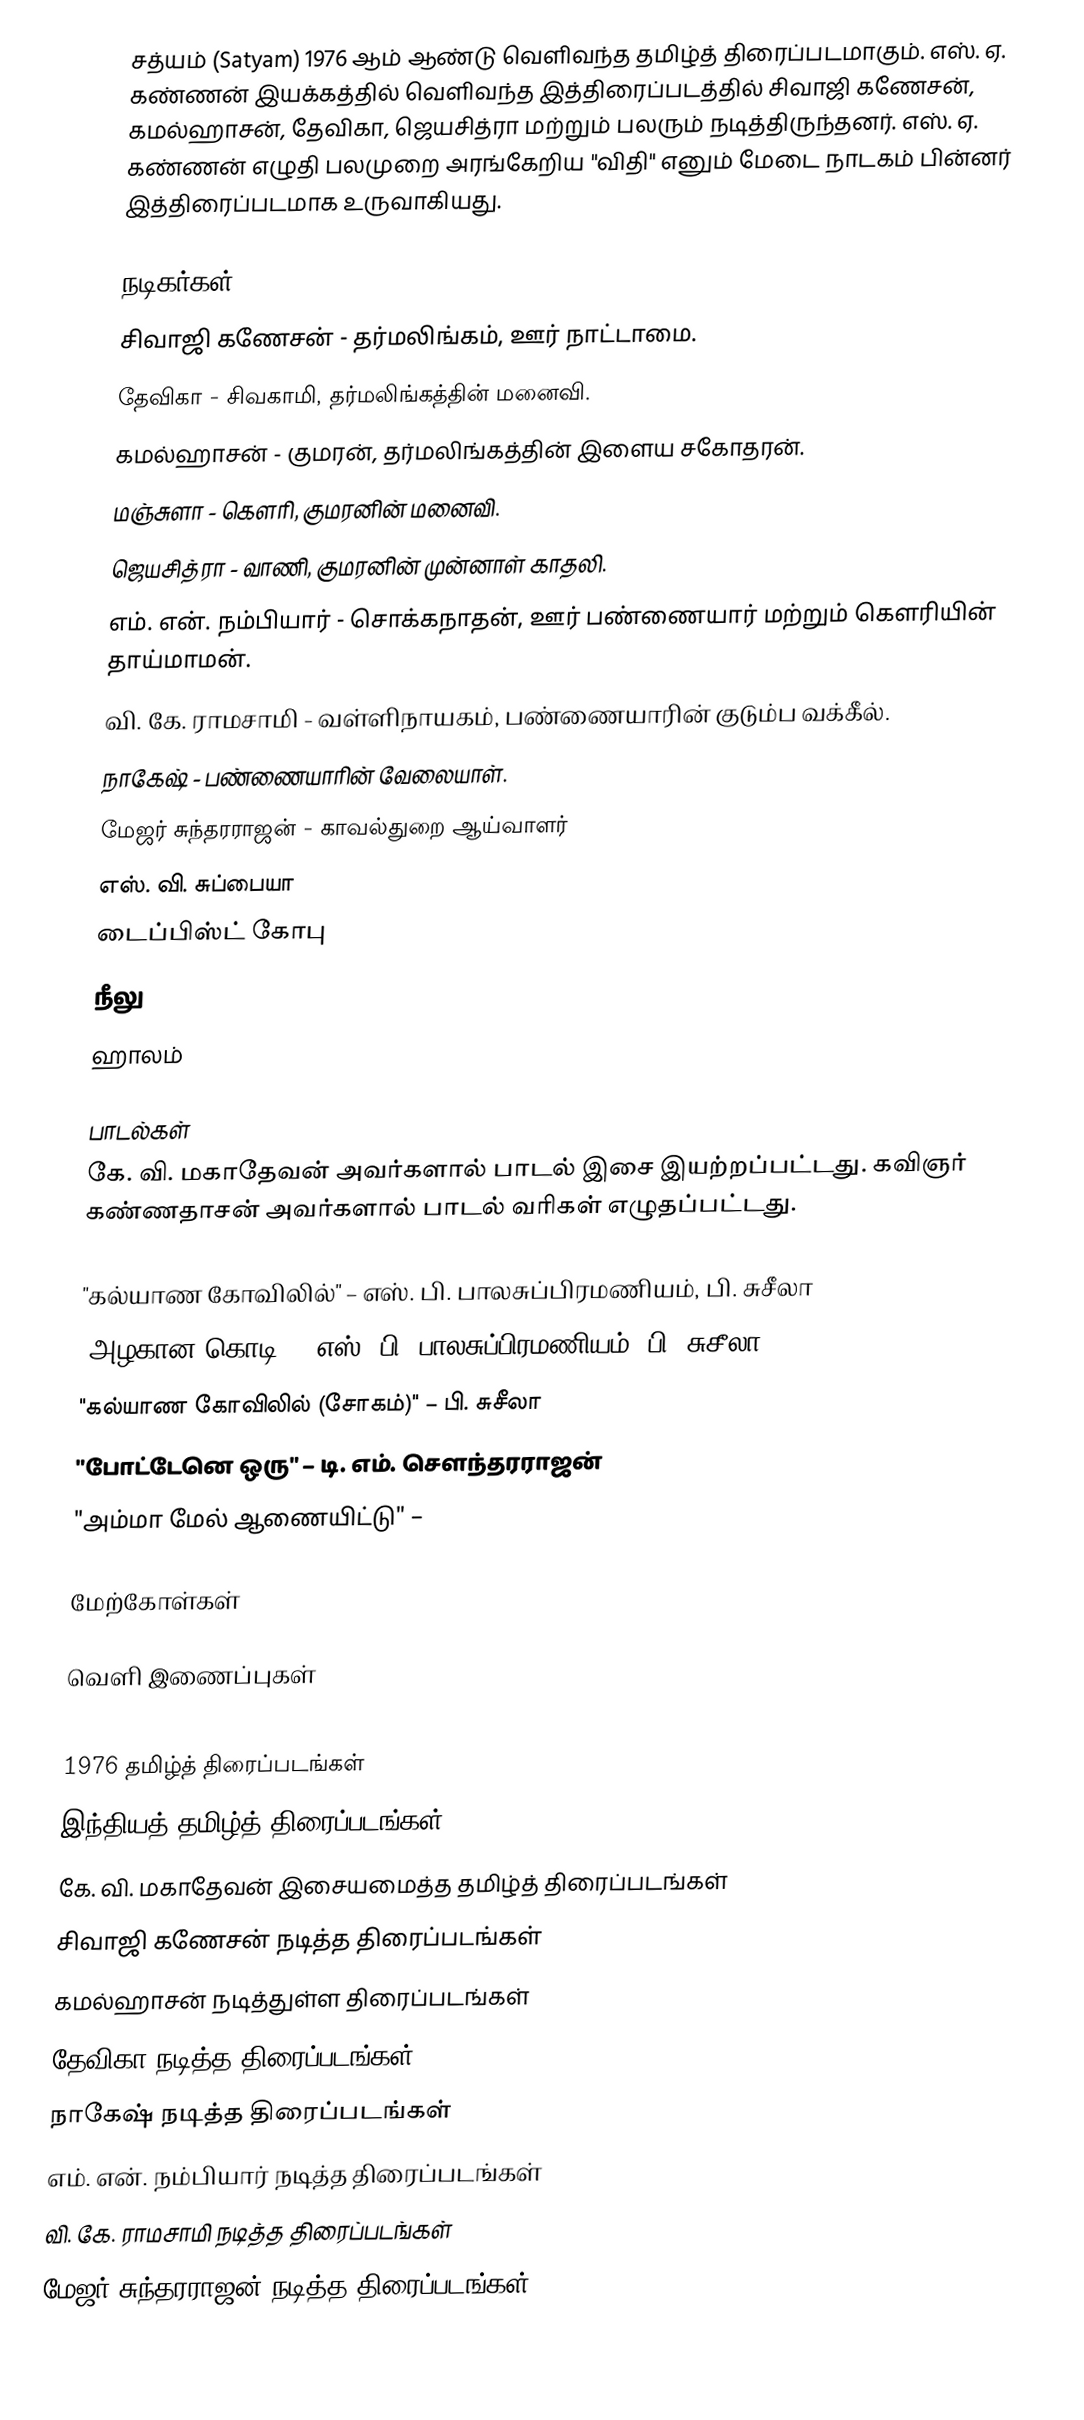
சத்யம் (Satyam) 1976 ஆம் ஆண்டு வெளிவந்த தமிழ்த் திரைப்படமாகும். எஸ். ஏ. கண்ணன் இயக்கத்தில் வெளிவந்த இத்திரைப்படத்தில் சிவாஜி கணேசன், கமல்ஹாசன், தேவிகா, ஜெயசித்ரா மற்றும் பலரும் நடித்திருந்தனர். எஸ். ஏ. கண்ணன் எழுதி பலமுறை அரங்கேறிய "விதி" எனும் மேடை நாடகம் பின்னர் இத்திரைப்படமாக உருவாகியது.

நடிகர்கள்
சிவாஜி கணேசன் - தர்மலிங்கம், ஊர் நாட்டாமை.
தேவிகா - சிவகாமி, தர்மலிங்கத்தின் மனைவி.
கமல்ஹாசன் - குமரன், தர்மலிங்கத்தின் இளைய சகோதரன்.
மஞ்சுளா - கௌரி, குமரனின் மனைவி.
ஜெயசித்ரா - வாணி, குமரனின் முன்னாள் காதலி.
எம். என். நம்பியார் - சொக்கநாதன், ஊர் பண்ணையார் மற்றும் கௌரியின் தாய்மாமன்.
வி. கே. ராமசாமி - வள்ளிநாயகம், பண்ணையாரின் குடும்ப வக்கீல்.
நாகேஷ் - பண்ணையாரின் வேலையாள்.
மேஜர் சுந்தரராஜன் - காவல்துறை ஆய்வாளர்
 எஸ். வி. சுப்பையா
டைப்பிஸ்ட் கோபு
நீலு
ஹாலம்

பாடல்கள்
கே. வி. மகாதேவன் அவர்களால் பாடல் இசை இயற்றப்பட்டது. கவிஞர் கண்ணதாசன் அவர்களால் பாடல் வரிகள் எழுதப்பட்டது.

 "கல்யாண கோவிலில்" – எஸ். பி. பாலசுப்பிரமணியம், பி. சுசீலா
 "அழகான கொடி" – எஸ். பி. பாலசுப்பிரமணியம், பி. சுசீலா
 "கல்யாண கோவிலில் (சோகம்)" – பி. சுசீலா
 "போட்டேனெ ஒரு"  – டி. எம். சௌந்தரராஜன்
 "அம்மா மேல் ஆணையிட்டு" –

மேற்கோள்கள்

வெளி இணைப்புகள்

1976 தமிழ்த் திரைப்படங்கள்
இந்தியத் தமிழ்த் திரைப்படங்கள்
கே. வி. மகாதேவன் இசையமைத்த தமிழ்த் திரைப்படங்கள்
சிவாஜி கணேசன் நடித்த திரைப்படங்கள்
கமல்ஹாசன் நடித்துள்ள திரைப்படங்கள்
தேவிகா நடித்த திரைப்படங்கள்
நாகேஷ் நடித்த திரைப்படங்கள்
எம். என். நம்பியார் நடித்த திரைப்படங்கள்
வி. கே. ராமசாமி நடித்த திரைப்படங்கள்
மேஜர் சுந்தரராஜன் நடித்த திரைப்படங்கள்